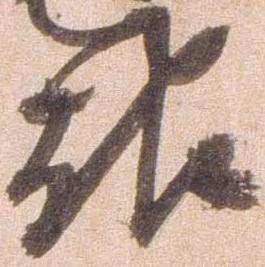
報